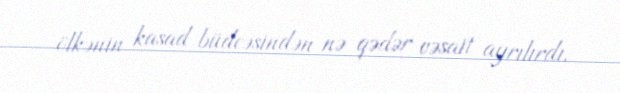
ölkənin kasad büdcəsindən nə qədər vəsait ayrılırdı.